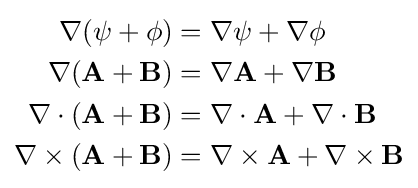
{\begin{aligned}\nabla (\psi +\phi )&=\nabla \psi +\nabla \phi \\\nabla (\mathbf {A} +\mathbf {B} )&=\nabla \mathbf {A} +\nabla \mathbf {B} \\\nabla \cdot (\mathbf {A} +\mathbf {B} )&=\nabla \cdot \mathbf {A} +\nabla \cdot \mathbf {B} \\\nabla \times (\mathbf {A} +\mathbf {B} )&=\nabla \times \mathbf {A} +\nabla \times \mathbf {B} \end{aligned}}